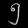
Digit: ၅